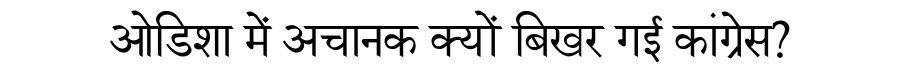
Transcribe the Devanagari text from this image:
ओडिशा में अचानक क्यों बिखर गई कांग्रेस?